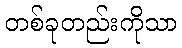
တစ်ခုတည်းကိုသာ